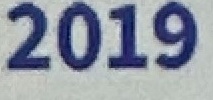
2009